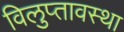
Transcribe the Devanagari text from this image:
विलुप्‍तावस्‍था